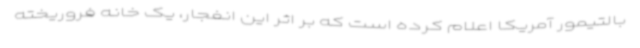
بالتیمور آمریکا اعلام کرده است که بر اثر این انفجار، یک خانه فروریخته